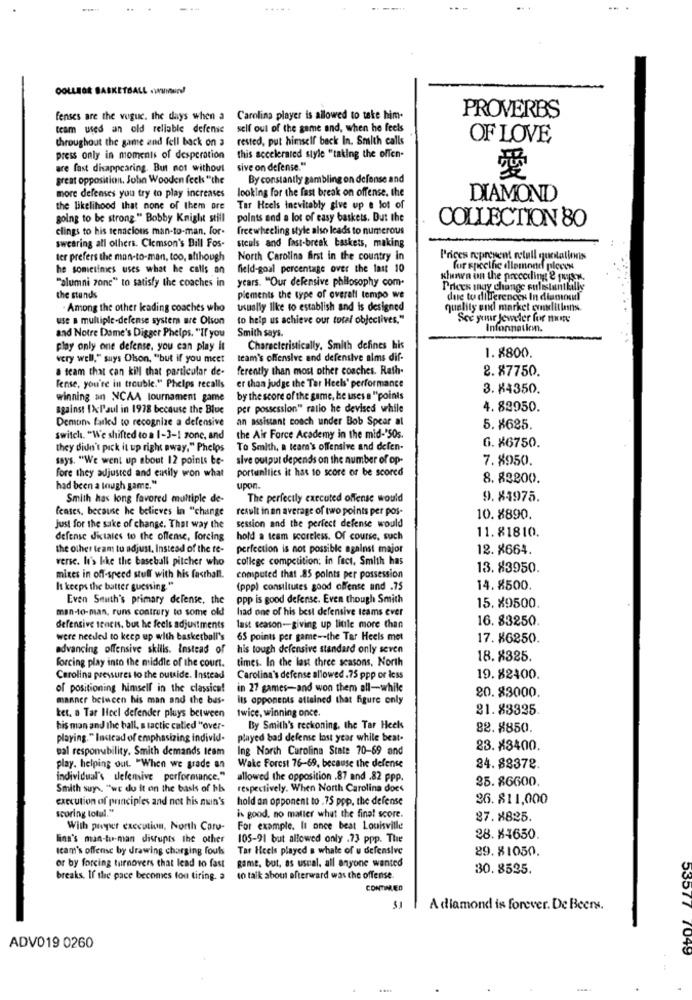
.....
COLLEGE BASKETBALL .wInmun!
fenses are the vugue. the days when a Carolina player is allowed to take him-
PROVERBS
team used an old reliable defense
self out of the game and, when he feels
throughout the game and fell back on a
rested, put himself back In. Smith calls
OF LOVE
this accelerated style "taking the offen-
press only in moments of desperation
are fast disappearing. But not without
sive on defense."
great opposition. John Wooden fecks "the
By constantly gambling on defense and
愛
looking for the fast break on offense, the
more defenses you try to play increases
DIAMOND
the likelihood that none of them ore
Tar Heels inevitably give up a lot of
going to be strong " Bobby Knight still
points and a lot of easy baskets. But the
COLLECTION 80
clings to his tenacious man-to-man. for-
freewheeling style also leads to numerous
swearing all others. Clemson's Bill Fos-
steals and fast-break baskets, making
ter prefers the man-to-man, too, although
North Carolina first in the country in
Prices represent metall quotations
he sometimes uses what he calls an
field-goal percentage over the last 10
for specific dlemond pieces
"alumni zone" to satisfy the coaches in
years. "Our defensive philosophy com-
khown on the preceding & physx.
Prices may change suleslantkilis
the stands
plements the type of overall tempo we
due to differences In dianoml
. Among the other leading coaches who
usually like to establish and is designed
quality end market eunditions
use a multiple-defense system are Olson
to help us achieve our total objectives."
See your Jeweler for more
Smith says.
Infonnation.
and Notre Dame's Digger Phelps. "If you
play only one defense. you can play it
Characteristically. Smith defines his
very well," says Olson, "but if you meet
team's offensive and defensive alms dif-
1. 8800.
a team that can kill that particular de-
ferently than most other coaches. Rath-
2. 87750.
er than judge the Tar Heels' performance
fense, you're in trouble." Phelps recalls
3. 84350.
winning an NCAA tournament game
by the score of the game, he uses a "points
against 1x:l'aul in 1978 because the Blue
per possession" ratio he devised while
4. 82950.
Demons failed to recognize a defensive
an assistant coach under Bob Spear at
5. 8625.
switch. "We shifted to a 1-3-1 zone, and
the Air Force Academy in the mid-"SOs.
they didn't pick it up right away." Phelps
To Smith, a tearn's offensive and defen-
6. X6750.
says. "We went up about 12 points te- sive output depends on the number of op-
7.8950.
portunities it has to score or be scored
fore they adjusted and emily won what
8. 83200.
had been a tough game."
upon.
Smith has long favored multiple de-
The perfectly executed offense would
9.84975.
feases, because he believes in "change
result in an average of two points per pos-
10.8890.
Just for the sake of change. That way the
session and the perfect defense would
11. 81810.
defense dictales to the offense, forcing
hold a team scoreless. Of course, such
the other team tu adjust, Instead of the te-
perfection is not possible against major
12. 8664.
verse. It's like the baseball pitcher who
college competition; in fact. Smith has
13. 83950.
mixes in off-speed stuff with his fasthall.
computed that .85 points per possession
It keeps the batter guessing. "
(ppp) constitutes good offense and .75
14.8500.
Even South's primary defense, the
ppp is good defense. Even though Smith
man-to-man, runs contrury to some old
had one of his best defensive teams ever
15. X9500.
16. 83250.
defensive sencis, but he feels adjustments
last season-giving up little more than
were needed to keep up with basketball's
65 points per game -- the Tar Heels mot
17. 86250.
advancing offensive skills. Instead of his tough defensive standard only seven
forcing play into the middle of the court. times. In the last three seasons, North
18.8325.
Carolina pressures to the outside. Instead
Carolina's defense allowed .75 ppp or Icss
19. 82400.
of positioning himself in the classica!
in 27 games-and won them all-while
20.83000.
manner between his man and the bus-
its opponents attained that figure only
twice, winning once.
21.83325
ter. a Tar Heel defender pluys between
his man and the ball, s tactic called "over-
By Smith's reckoning, the Tar Heels
82.8850.
playing." laccad of emphasizing individ-
played bad defense last year while beat.
pal responubility. Smith demands team
Ing North Carolina State 70-69 and
23. x3400.
play. helping out. "When we grade an
Wake Forest 76-69, because the defense
24. 88372.
individual's defensive performance."
allowed the opposition .87 and .82 ppp.
25. 86600.
Smith suy\. "we do it on the basis of bb
respectively. When North Carolina does
caccution of principles and net his nun's
hold an opponent to . 75 ppp, the defense
26. 811,000
scoring totul."
is good, no matter what the final score.
87.8825
With proper execution, North Caro-
For example. It once beat Louisville
lina's man-to-man disrupts the other
105-91 but allowed only .73 ppp. The
28. 84650.
Icam's offense by drawing charging fouls
Tar Heels played a whale of u defensive
29.81050.
or by forcing turnovers that lead to fast game, but, as usual, all anyone wanted
30.8535.
breaks. If the pace becomes fon tiring. a
to talk about afterward was the offense.
CONTINUED
51
A diamond is forever. De Beers.
ADV019 0260
53577 7049
-